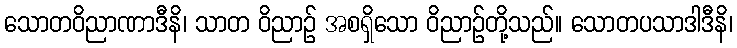
သောတဝိညာဏာဒီနိ၊ သာတ ဝိညာဉ် အစရှိသော ဝိညာဉ်တို့သည်။ သောတပသာဒါဒီနိ၊